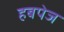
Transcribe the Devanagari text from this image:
हबपेज